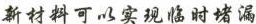
新材料可以实现临时堵漏